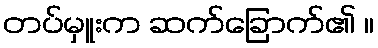
တပ်မှူးက ဆက်ခြောက်၏ ။